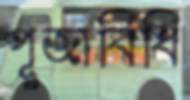
পূজাবিধি